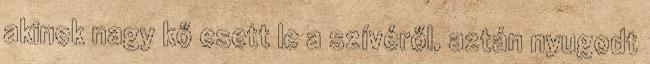
akinek nagy kő esett le a szívéről, aztán nyugodt